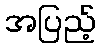
အပြည့်